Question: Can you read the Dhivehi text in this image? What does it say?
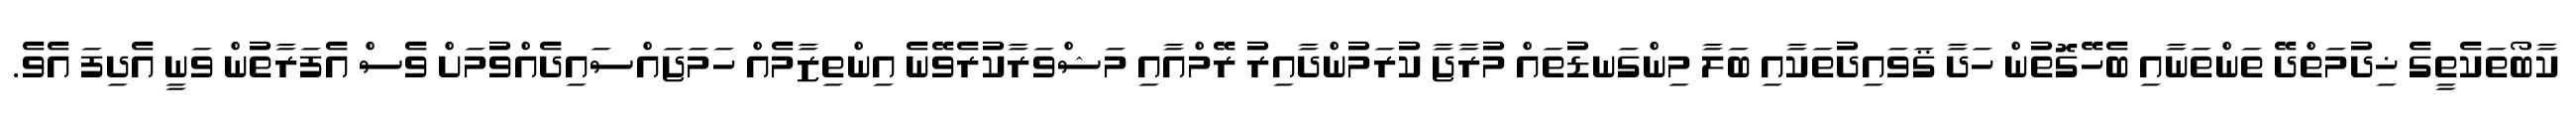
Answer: ކާބޯތަކެތީގެ ޚިދުމަތްދޭ ތަންތަނާއި ބެހޭގޮތުން ހަދާ ޤަވައިދުތަކާއި ބަލާ މިންގަނޑުތައް މުރާޖާ ކުރަމުންދާއިރު ރޭމްއާއި މަޝްވަރާކުރެވޭނެ އިންތިޒާމެއް ހަމަޖައްސައިދެއްވުމަށް ވެސް އެފަރާތުން ވަނީ އެދިފަ އެވެ.